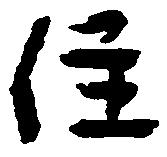
住